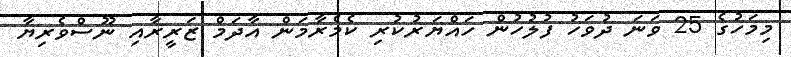
މިމަހުގެ 25 ވަނަ ދުވަހު ފުލުހުން ހައްޔަރުކުރި ކެމެރާމަން އާދަމް ޒަރީރާއި ނޫސްވެރިޔާ